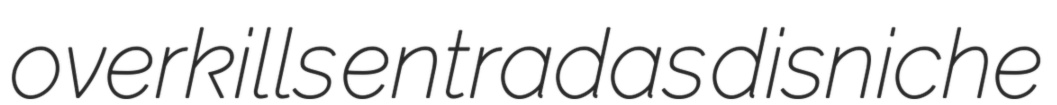
overkills entradas disniche